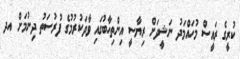
ކުރީގެ ރައީސް މުހައްމަދު ނަޝީދަށް ރިޔާސީ އިންތިހާބުގައި ވާދަކުރުމުގެ ފުރުސަތު ދިނުމަށް އދ